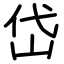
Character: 岱